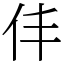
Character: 仹